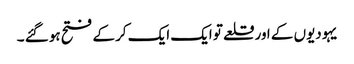
یہودیوں کے اور قلعے تو ایک ایک کر کے فتح ہو گئے ۔